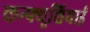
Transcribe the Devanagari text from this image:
कन्फ्यूशियाई